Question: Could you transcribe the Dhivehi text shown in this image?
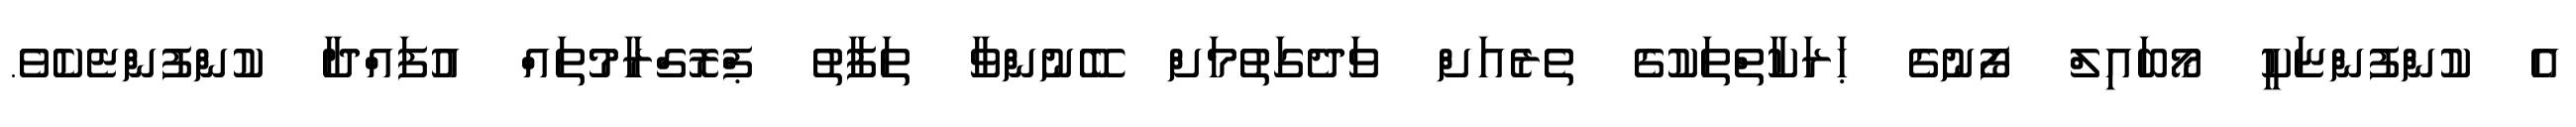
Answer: އެ ކުންފުންޏަކީ މޯބައިލް ފޯނުގެ ޙަރަކާތްތަކުގެ ތެރެއަށް ވަދެގަތުމަށް ބޭނުންވާ ތަފާތު ޕްރޮގްރާމުތައް އުފައްދާ ކުންފުންޏެކެވެ.